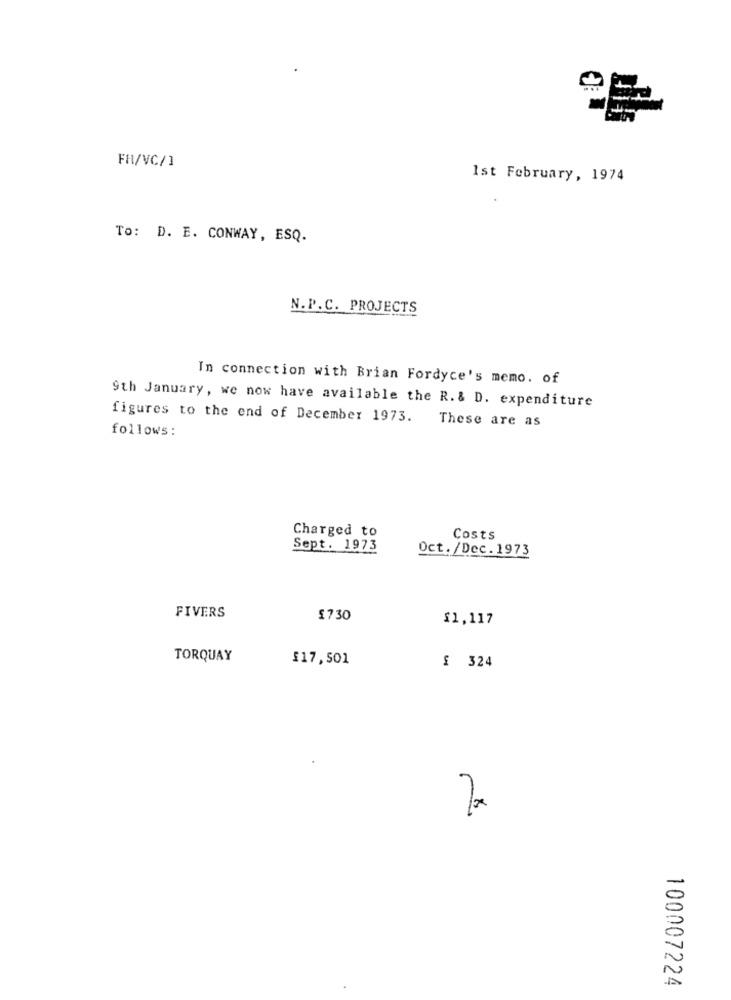
FR/VC/1
Ist February, 1974
To: D. E. CONWAY, ESQ.
N.P.C. PROJECTS
In connection with Brian Fordyce's memo. of
9th January, we now have available the R. & D. expenditure
figures to the end of December 1973.
These are as
follows:
Charged to
Costs
Sept. 1973
Oct./Dec.1973
FIVERS
1730
£1,117
TORQUAY
£17,501
£ 324
100007224